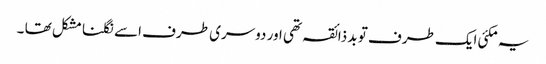
یہ مکئی ایک طرف تو بد ذائقہ تھی اور دوسری طرف اسے نگلنا مشکل تھا ۔